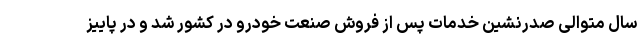
سال متوالی صدرنشین خدمات پس از فروش صنعت خودرو در کشور شد و در پاییز